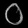
Digit: ၀